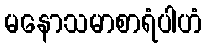
မနောသမာစာရံပါဟံ